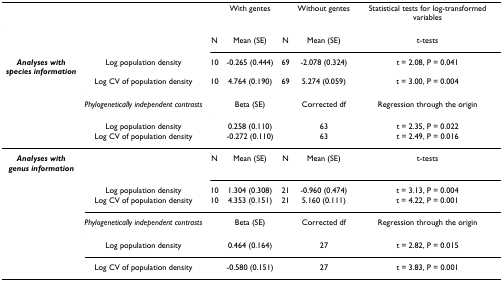
|  |  | <COLSPAN=3> With gentes | Without gentes | Statistical tests for log-transformed variables |
 | --- | --- | --- | --- | --- | --- | --- |
 |  |  | N | Mean (SE) | N | Mean (SE) | t-tests |
 | Analyses withspecies information | Log population density | 10 | -0.265 (0.444) | 69 | -2.078 (0.324) | t = 2.08, P = 0.041 |
 |  | Log CV of population density | 10 | 4.764 (0.190) | 69 | 5.274 (0.059) | t = 3.00, P = 0.004 |
 |  | Phylogenetically independent contrasts |  | Beta (SE) |  | Corrected df | Regression through the origin |
 |  | Log population density |  | 0.258 (0.110) |  | 63 | t = 2.35, P = 0.022 |
 |  | Log CV of population density |  | -0.272 (0.110) |  | 63 | t = 2.49, P = 0.016 |
 | Analyses withgenus information |  | N | Mean (SE) | N | Mean (SE) | t-tests |
 |  | Log population density | 10 | 1.304 (0.308) | 21 | -0.960 (0.474) | t = 3.13, P = 0.004 |
 |  | Log CV of population density | 10 | 4.353 (0.151) | 21 | 5.160 (0.111) | t = 4.22, P = 0.001 |
 |  | Phylogenetically independent contrasts |  | Beta (SE) |  | Corrected df | Regression through the origin |
 |  | Log population density |  | 0.464 (0.164) |  | 27 | t = 2.82, P = 0.015 |
 |  | Log CV of population density |  | -0.580 (0.151) |  | 27 | t = 3.83, P = 0.001 |